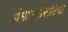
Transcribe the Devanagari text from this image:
धंमानुसस्टिया